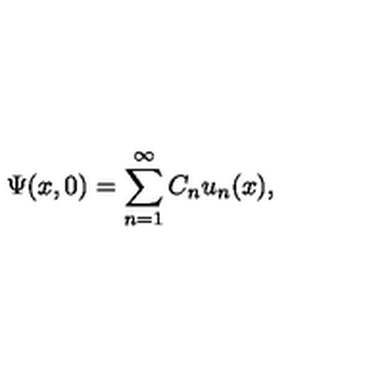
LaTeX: \Psi ( x , 0 ) = \sum _ { n = 1 } ^ { \infty } C _ { n } u _ { n } ( x ) ,